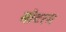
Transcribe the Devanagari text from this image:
मोटरम